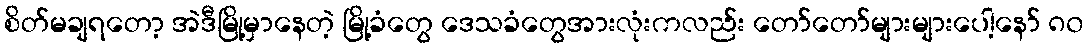
စိတ်မချရတော့ အဲဒီမြို့မှာနေတဲ့ မြို့ခံတွေ ဒေသခံတွေအားလုံးကလည်း တော်တော်များများပေါ့နော် ၈၀